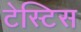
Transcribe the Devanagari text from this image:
टेस्टिस